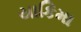
યાકિમા